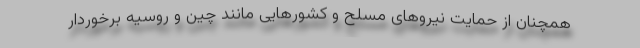
همچنان از حمایت نیروهای مسلح و کشورهایی مانند چین و روسیه برخوردار